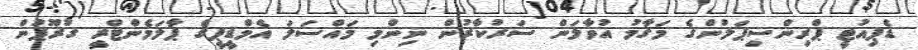
ޑެޕިއުޓީ ޕްރިންސިޕަލުންގެ މަގާމު އުވާލަން ސަރުކާރުން ނިންމި މައްސަލަ އެމްޑީޕީގެ ޕާލަމެންްޓްރީ ގުރޫޕުން